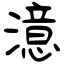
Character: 澺